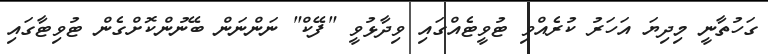
ގަހުތާނީ މިދިޔަ އަހަރު ކުރެއްވި ޓުވީޓެއްގައި ވިދާޅުވީ "ފޭކް" ނަންނަން ބޭނުންކޮށްގެން ޓުވިޓާގައި